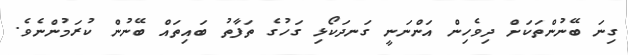
ގިނަ ބޭނުންތަކަށް ދިވެހިން އަންނަނީ ގަނދަކޯޅި ގަހުގެ ތަފާތު ބައިތައް ބޭނުން ކުރަމުންނެވެ.